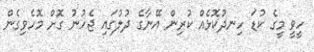
ހީވީ މީގެ ކުޑަ ހިނދުކޮޅެއް ކުރިން އޭނާގެ ދުލުގައި ޖެހުނު ގޮށް މޮހެވިގެން